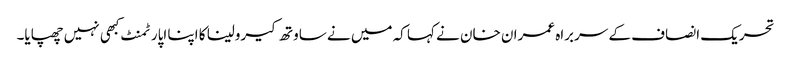
تحریک انصاف کے سربراہ عمران خان نے کہا کہ میں نے ساوتھ کیرولینا کا اپنا اپارٹمنٹ کبھی نہیں چھپایا۔